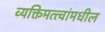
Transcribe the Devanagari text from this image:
व्यक्तिमत्त्वांमधील